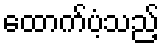
ထောက်ပံ့သည့်